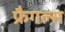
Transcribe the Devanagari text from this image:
फ्रैगल्स